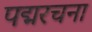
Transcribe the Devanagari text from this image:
पद्मरचना